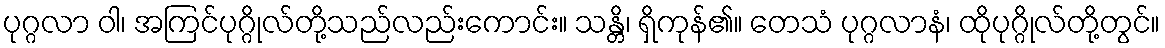
ပုဂ္ဂလာ ဝါ၊ အကြင်ပုဂ္ဂိုလ်တို့သည်လည်းကောင်း။ သန္တိ၊ ရှိကုန်၏။ တေသံ ပုဂ္ဂလာနံ၊ ထိုပုဂ္ဂိုလ်တို့တွင်။